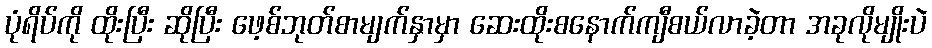
ပုံရိပ်ကို ထိုးပြီး ဆိုပြီး ဖေ့စ်ဘုတ်စာမျက်နှာမှာ ဆေးထိုးစနောက်ကျီစယ်လာခဲ့တာ အခုလိုမျိုးပဲ